Annual report on the working of the lock hospitals in the Central Provinces
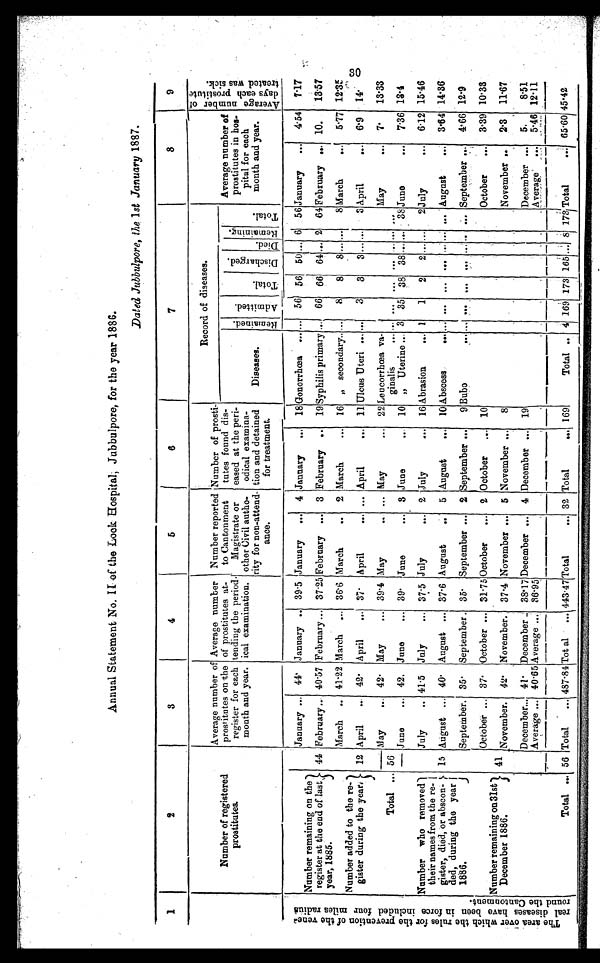
Annual Statement No. It . of the Look Hospital, Jubbulpore, for the year 1886.
Dated Jubbulpore, the 1st January 1887.
1
2
3
4
5
6
7
8
.
9
Number of registered
prostitutes.
Average number of
prostitutes on the
register for each
month and year.
Average number
of prostitutes at-
tending the period.
ical examination.
Number reported
to Cantonment
Magistrate or
other Civil autho-
rity for non-attend-
ance,
Number of prosti-
tutes found dis-
eased at the peri-
odical examina-
tion and detained
for treatment.
Record of diseases.
u.. a.)
0
=
F... --,
....
.
A 2'
0 5 F:,:r:
0
c3
.c
(1b.0
-Id
es
0
1.4 cn -,-
0 ra., 03
0 C1)
Diseases.
-c3
CU
rs
ia:
o
a)
=
.-ci
cp
-...
:1;4
et:$
-4
-1
Z
0
E7I
rcl
t29 (1)
, .1
0
.°)
di
.
1 1
-
.C51
el)
g
.a
' Fit
6
CD
... ::
cl
0
Average number of
prostitutes in hoe.
pital for each
month and year.
ei VI
ID . 0
F3) 4:1
o., al
r.
a)
r.L 4 2
44 a
0
() c.
F. g:t
to s
1.. cr.
Wi g
41 t) '
-.a ig
CI 0
m
44-, 0
cn I-1
0 9
I.
:
.,.. 11
43 0
gym
X1 CD 41
,..
0
:.. 2
at
xi 2
0. gl
i 0 ra 03
CD 0
as cli
F
,
1.. (1)
ed (1, XI
4 .1
C. ro ,.e,
g r.-. 1:1
cd o
a) 0
f. I.
January ...
41' January .. 39-5 January
... 4 January
...
18 Gonorrhoea
......
56
6 50 ... 6 56 January
...
4. 54
7'17
Number remaining on the
register at the end of last,
year, 1885.
44 February ... 40'57 February ... 37 .25 February ... 3 February .. 19 Syphilis primary ... 66 66 64 ... 2 64 February ... 10.
13'57
March
.. 41-22 March
... 36'6 March
..
2 March
...
16 „ secondary.. ...
8
8
8 ... ...
8 March
...
5'77 12'35
Number added to the re-
gister during the year,
12 April
... 42 . April
... 37* April
... ... April
... 11 ITlcite Uteri ... ...I
3
3
3 ......
3 April
...
6'9
14'
Total ...
-
56
May
... 42 . May
... 39'4 May
.. ... May
... 22 Leucorrhcea va-
ginalis
May
...
7'
13'33
-- June
... 42. June
... 39. June
... 3 June
... 10 „ Uterine ... 3 35 38 38 ...... 38 June
...
7'36 13.4
Number who removed')
their names from the re- I
gister, died, or abscon- }.
ded, during the year 1
1886.
J
July
.. 41'5 July
... 37 .5 July
... 2 July
... 16 Abrasion
... 1
1
2
2 ......
2 July
...
6'12 15'46
15 August ... 40' August ... 37'6 August
..
5 August
... 10 Abscess
... ... ... ... ... ...' ... ... ' August
...
3'64' 14.36
September. 35 . September . 35 . September ... 2 September ...
9 Bubo
114.
%
940
...
e..
0-0 0
September ...
466 12.9
October ... 37. October ... 31 . 75 October
... 2 October
... 10
October
...
3. 39 10'33
Number remaining on 31st
.1
December 1886.
41 November.
42 . November. 37'4 November ... 5 November ...
8
-
November ..
2. 3
11'67
December...
Average ...
1
41'
40 . 65
December ..
Average ...
38'17
36 . 95
December ... 4 December ... 19
December ...
Average ...
b
5,
5.46
.................
8'51
12.11
..."...............
Total
4,-.
.
.0 I n
56
Vnle. oommsn
Total
...
avarm.
487-84
..∎∎
Tot al - ... 44347 Total
... 32 Total
... 169
.......9.9.9 119999n 109.0
..nnnn
Total .. 4
..~......
169
...am.nn ......
173
....... .n...
165 ...
,......
S 173
I
n 990. n
'... .....
Total
.. 65'60 45 .42
CO
O